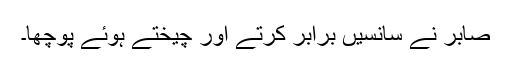
صابر نے سانسیں برابر کرتے اور چیختے ہوئے پوچھا۔